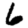
Digit: 6